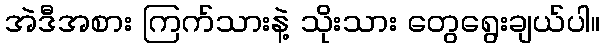
အဲဒီအစား ကြက်သားနဲ့ သိုးသား တွေရွေးချယ်ပါ။